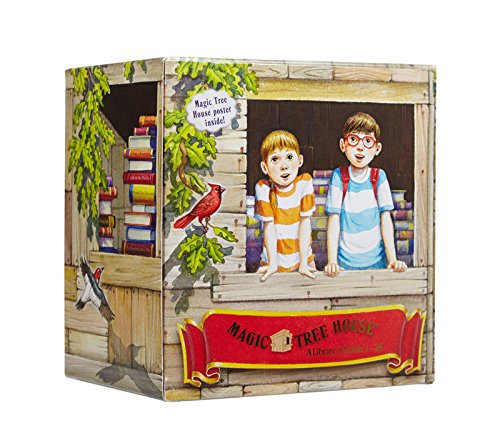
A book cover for Magic Tree House Boxed Set, Books 1-28; Mary Pope Osborne; Children's Books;